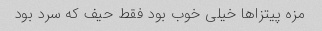
مزه پیتزا‌ها خیلی خوب بود فقط حیف که سرد بود